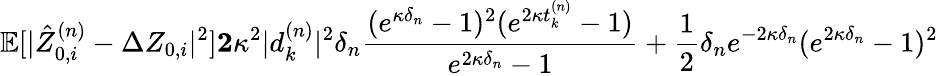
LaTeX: \mathbb{E}[\vert\hat{Z}_{0,i}^{(n)}-\Delta Z_{0,i}\vert^{2}]\le 2\kappa^{2}\vert d_{k}^{(n)}\vert^{2}\delta_{n}\frac{(e^{\kappa\delta_{n}}-1)^{2}(e^{2\kappa t_{k}^{(n)}}-1)}{e^{2\kappa\delta_{n}}-1}+\frac{1}{2}\delta_{n}e^{-2\kappa\delta_{n}}(e^{2\kappa\delta_{n}}-1)^{2}